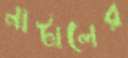
নাটালের